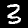
Digit: 3